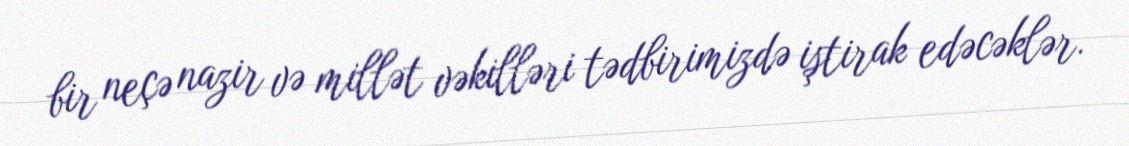
bir neçə nazir və millət vəkilləri tədbirimizdə iştirak edəcəklər.